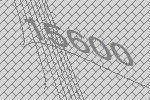
15600